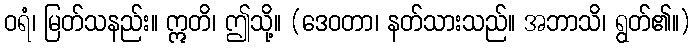
ဝရံ၊ မြတ်သနည်း။ ဣတိ၊ ဤသို့။ (ဒေဝတာ၊ နတ်သားသည်။ အဘာသိ၊ ရွတ်၏။)